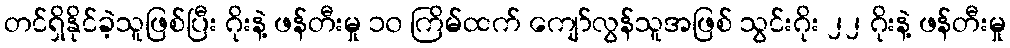
တင်ရှိနိုင်ခဲ့သူဖြစ်ပြီး ဂိုးနဲ့ ဖန်တီးမှု ၁၀ ကြိမ်ထက် ကျော်လွန်သူအဖြစ် သွင်းဂိုး ၂၂ ဂိုးနဲ့ ဖန်တီးမှု